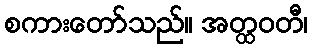
စကားတော်သည်။ အတ္ထဝတီ၊